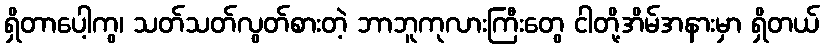
ရှိတာပေါ့ကွ၊ သတ်သတ်လွတ်စားတဲ့ ဘာဘူကုလားကြီးတွေ ငါတို့အိမ်အနားမှာ ရှိတယ်